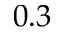
0 . 3